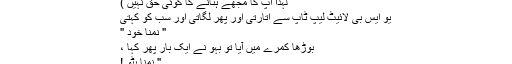
لہذا آپ کا مجھے ہٹانے کا کوئی حق نہیں )
یو ایس بی لائیٹ لیپ ٹاپ سے اتارتی اور پھر لگاتی اور سب کو کہتی
" نمنا خود "
بوڑھا کمرے میں آیا تو بہو نے ایک بار پھر کہا ،
" نمنا ہٹو !